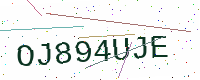
Text: OJ894UJE